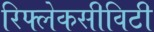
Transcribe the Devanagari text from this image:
रिफ्लेकसीविटी